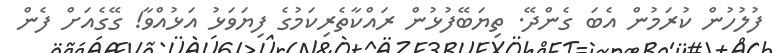
ފުލުހުން ކުރަމުން އެބަ ގެންދޭ. ތިޔަބޭފުޅުން ރައްކާތެރިކަމުގެ ފިޔަވަޅު އަޅުއްވާ! ގޭގެއަށް ފެން